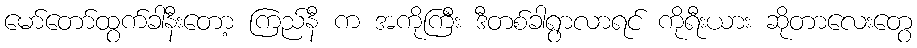
မော်တော်ထွက်ခါနီးတော့ ကြည်နီ က အကိုကြီး ဒီတစ်ခါရွာလာရင် ကိုရီးယား ဆိုတာလေးတွေ